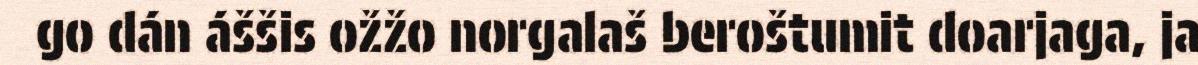
go dán áššis ožžo norgalaš beroštumit doarjaga, ja